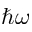
\hbar \omega